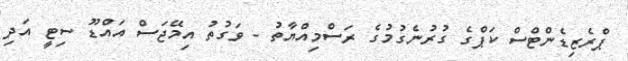
ޕްރެޒިޑެންޓްސް ކަޕްގެ ގުރުނެގުމުގެ ރަސްމިއްޔާތު - ވަގުތު އިމޭޖަސް އައްޑޫ ސިޓީ އަދި